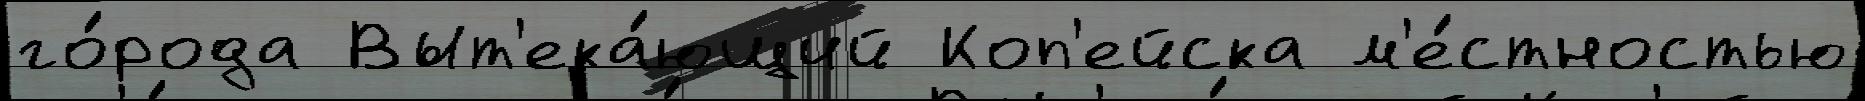
го́рода Выт'ека́ющий Коп'ейска м'е́стностью